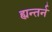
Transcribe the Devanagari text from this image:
ह्यन्तर्न